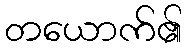
တယောက်၏